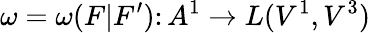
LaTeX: \omega=\omega(F|F^{\prime})\colon A^{1}\to L(V^{1},V^{3})